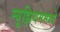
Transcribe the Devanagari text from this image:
म्यूझियममध्ये